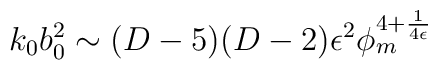
k_0b_0^2 \sim (D-5)(D-2) \epsilon^2\phi_m^{4+ {1 \over 4 \epsilon}}